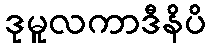
ဒုမူလကာဒီနိပိ